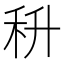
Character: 𮂶